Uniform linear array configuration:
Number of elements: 4
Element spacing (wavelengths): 0.75
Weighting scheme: kaiser
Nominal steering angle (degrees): -30
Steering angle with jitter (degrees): -29.754
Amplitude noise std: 0.05
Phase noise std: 0.05

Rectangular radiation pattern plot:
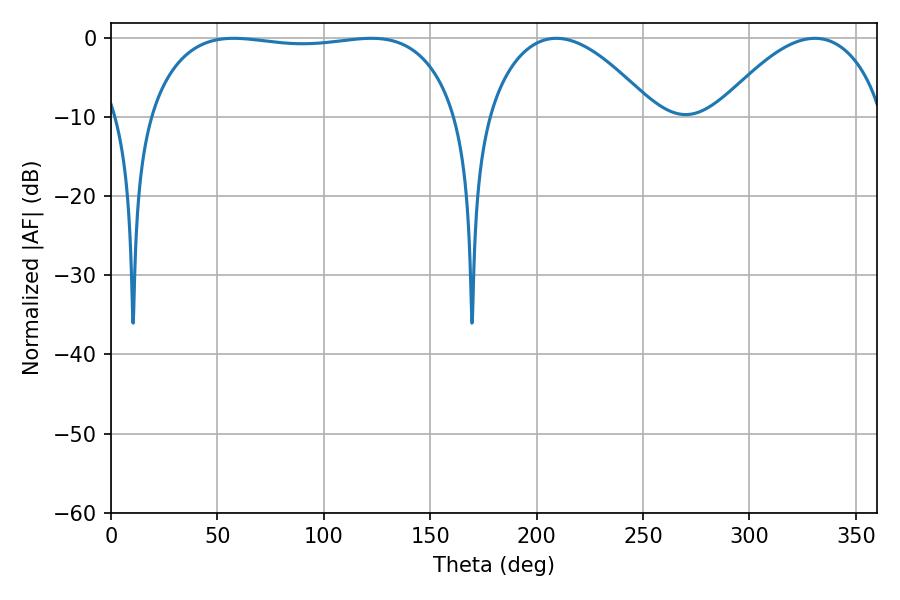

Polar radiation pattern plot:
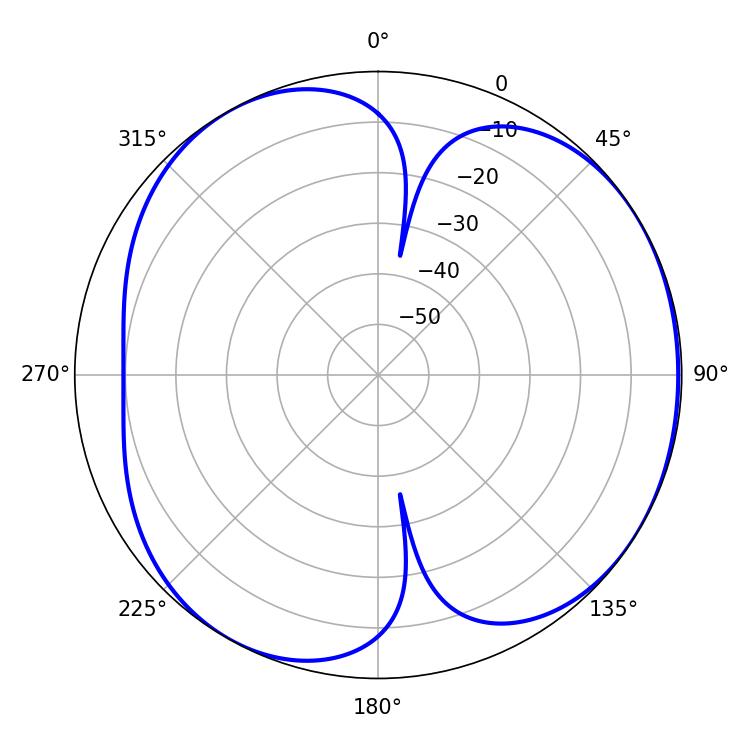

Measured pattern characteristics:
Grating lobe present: TRUE
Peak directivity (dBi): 4.671
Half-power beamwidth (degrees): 115.92
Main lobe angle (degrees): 57.6